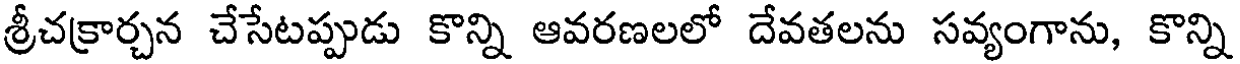
శ్రీచక్రార్చన చేసేటప్పుడు కొన్ని ఆవరణలలో దేవతలను సవ్యంగాను, కొన్ని